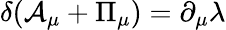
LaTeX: \delta({\cal A}_{\mu}+{\Pi}_{\mu})=\partial_{\mu}\lambda